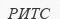
РИТС